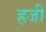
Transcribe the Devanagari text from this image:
हजीं